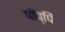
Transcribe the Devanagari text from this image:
पॉप्पिं